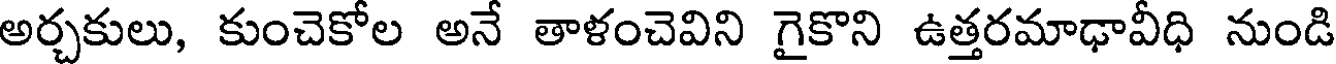
అర్చకులు, కుంచెకోల అనే తాళంచెవిని గైకొని ఉత్తరమాఢావీధి నుండి